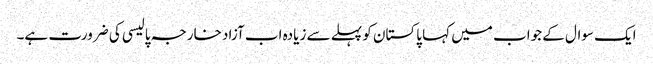
ایک سوال کے جواب میں کہا پاکستان کو پہلے سے زیادہ اب آزاد خارجہ پالیسی کی ضرورت ہے۔